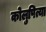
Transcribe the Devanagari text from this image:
कोलुपित्या